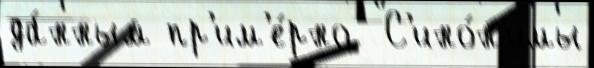
да́нным пр'им'е́рно  С'ино́н'имы